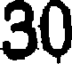
30